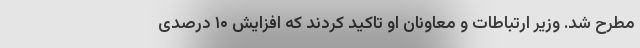
مطرح شد. وزیر ارتباطات و معاونان او تاکید کردند که افزایش ۱۰ درصدی